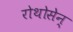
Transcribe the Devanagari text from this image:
रोथोसेन्